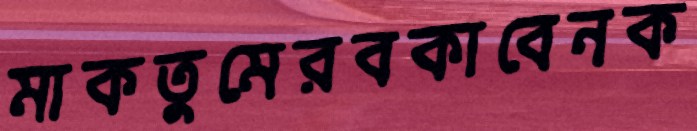
মাকতুমেরবকাবেনক